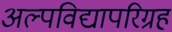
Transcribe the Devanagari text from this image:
अल्पविद्यापरिग्रह